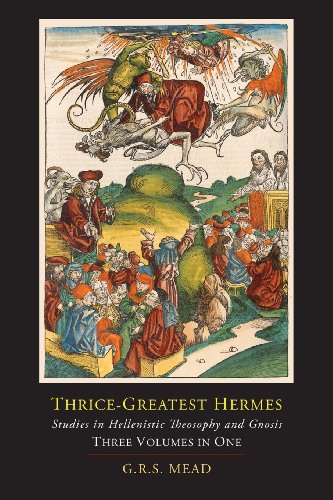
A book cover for Thrice-Greatest Hermes; Studies in Hellenistic Theosophy and Gnosis [Three Volumes in One]; G. R. S. Mead; Christian Books & Bibles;